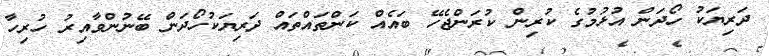
ދަރިޔަކު ހޯދަން އުޅުމުގެ ކުރިން ކުރަންޖެހޭ ބައެއް ކަންތައްތައް ދަރިޔަކުހޯދަން ބޭނުންވާއިރު ހުރިހާ